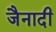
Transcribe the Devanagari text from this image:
जैनादी